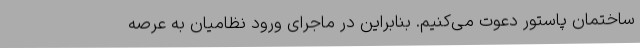
ساختمان پاستور دعوت می‌کنیم. بنابراین در ماجرای ورود نظامیان به عرصه